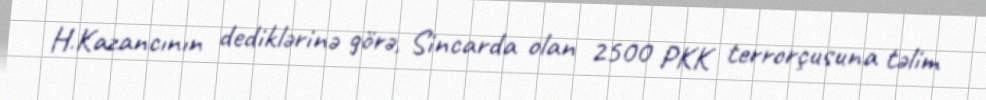
H.Kazancının dediklərinə görə, Sincarda olan 2500 PKK terrorçusuna təlim